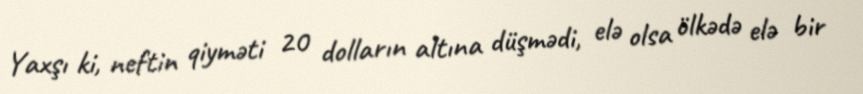
Yaxşı ki, neftin qiyməti 20 dolların altına düşmədi, elə olsa ölkədə elə bir